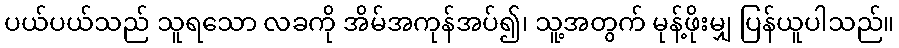
ပယ်ပယ်သည် သူရသော လခကို အိမ်အကုန်အပ်၍၊ သူ့အတွက် မုန့်ဖိုးမျှ ပြန်ယူပါသည်။